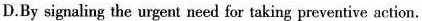
D.By signaling the urgent need for taking preventive action.